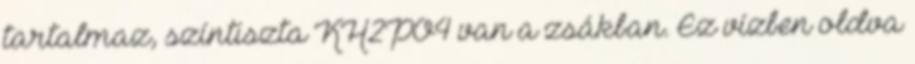
tartalmaz, színtiszta KH2PO4 van a zsákban. Ez vízben oldva